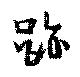
跡